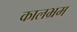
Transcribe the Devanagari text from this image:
कालभ्रम